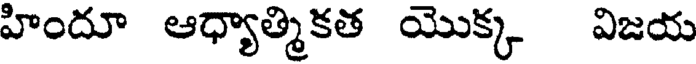
హిందూ ఆధ్యాత్మికత యొక్క విజయ